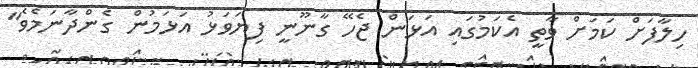
ހިލާފަށް ކަމަށް ވާތީ އެކަމުގައި އަޅަން ޖެހޭ ގާނޫނީ ފިޔަވަޅު އަޅަމުން ގެންދާނަމެވެ"